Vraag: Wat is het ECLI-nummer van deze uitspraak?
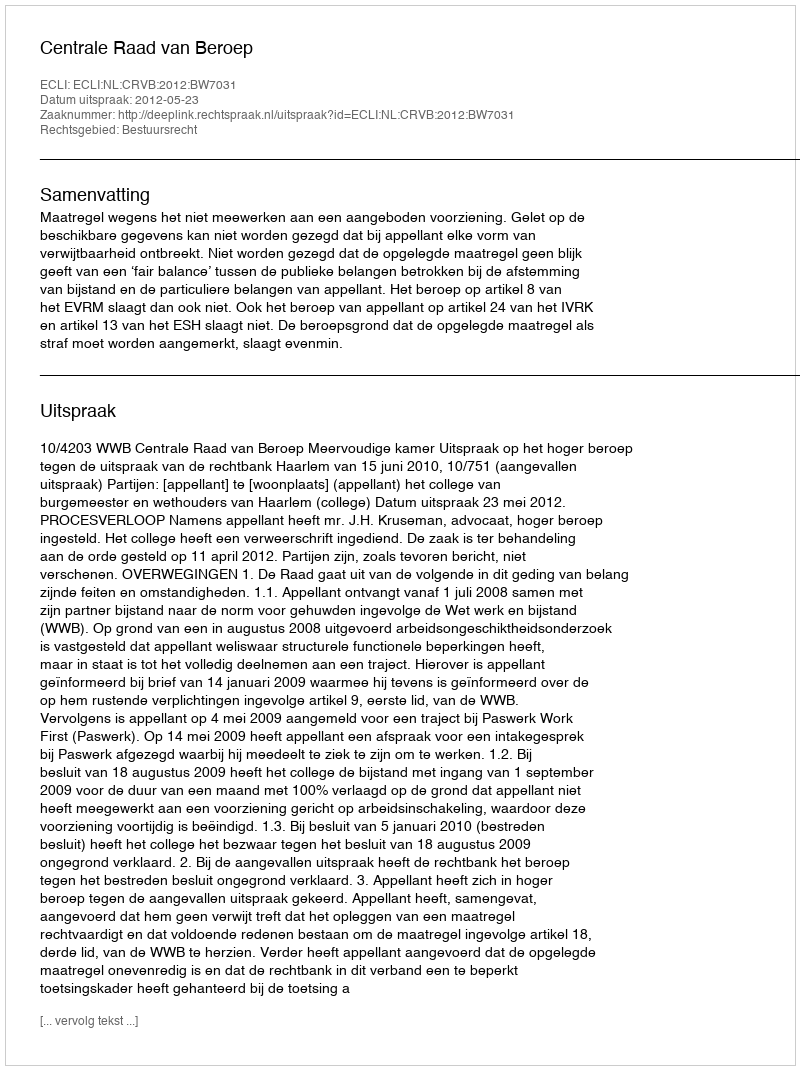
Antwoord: ECLI:NL:CRVB:2012:BW7031